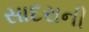
સાદરાની